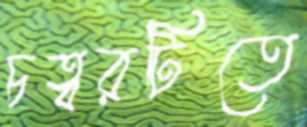
চত্বরটিতে